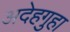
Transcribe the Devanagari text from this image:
अदेहगुहा